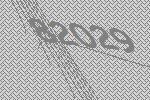
82029